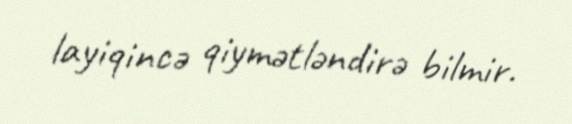
layiqincə qiymətləndirə bilmir.